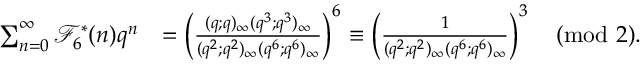
\begin{array} { r l } { \sum _ { n = 0 } ^ { \infty } \mathcal { F } _ { 6 } ^ { * } ( n ) q ^ { n } } & { = \left( \frac { ( q ; q ) _ { \infty } ( q ^ { 3 } ; q ^ { 3 } ) _ { \infty } } { ( q ^ { 2 } ; q ^ { 2 } ) _ { \infty } ( q ^ { 6 } ; q ^ { 6 } ) _ { \infty } } \right) ^ { 6 } \equiv \left( \frac { 1 } { ( q ^ { 2 } ; q ^ { 2 } ) _ { \infty } ( q ^ { 6 } ; q ^ { 6 } ) _ { \infty } } \right) ^ { 3 } \pmod 2 . } \end{array}